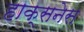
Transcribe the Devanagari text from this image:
हाक्सनेस